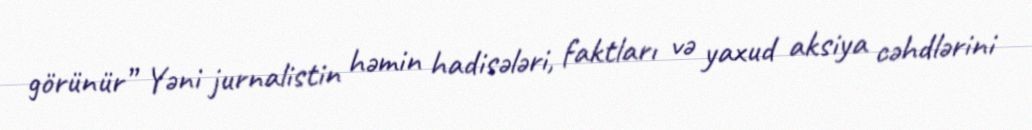
görünür” Yəni jurnalistin həmin hadisələri, faktları və yaxud aksiya cəhdlərini